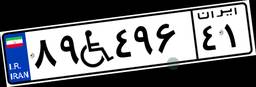
۸۹W۴۹۶۴۱